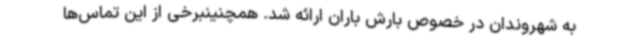
به شهروندان در خصوص بارش باران ارائه شد. همچنینبرخی از این تماس‌ها